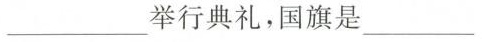
____举行典礼，国旗是_____